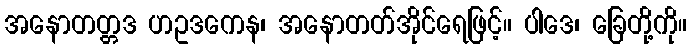
အနောတတ္တဒ ဟဥဒကေန၊ အနောတတ်အိုင်ရေဖြင့်။ ပါဒေ၊ ခြေတို့ကို။